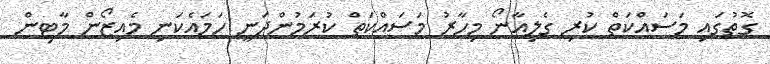
ގޮތުގައި މަސައްކަތް ކުރި ގެލިއާނޯ މިހާރު މަސައްކަތް ކުރަމުންދަނީ ހަމައެކަނި މެއިޒޯން މާޓިން